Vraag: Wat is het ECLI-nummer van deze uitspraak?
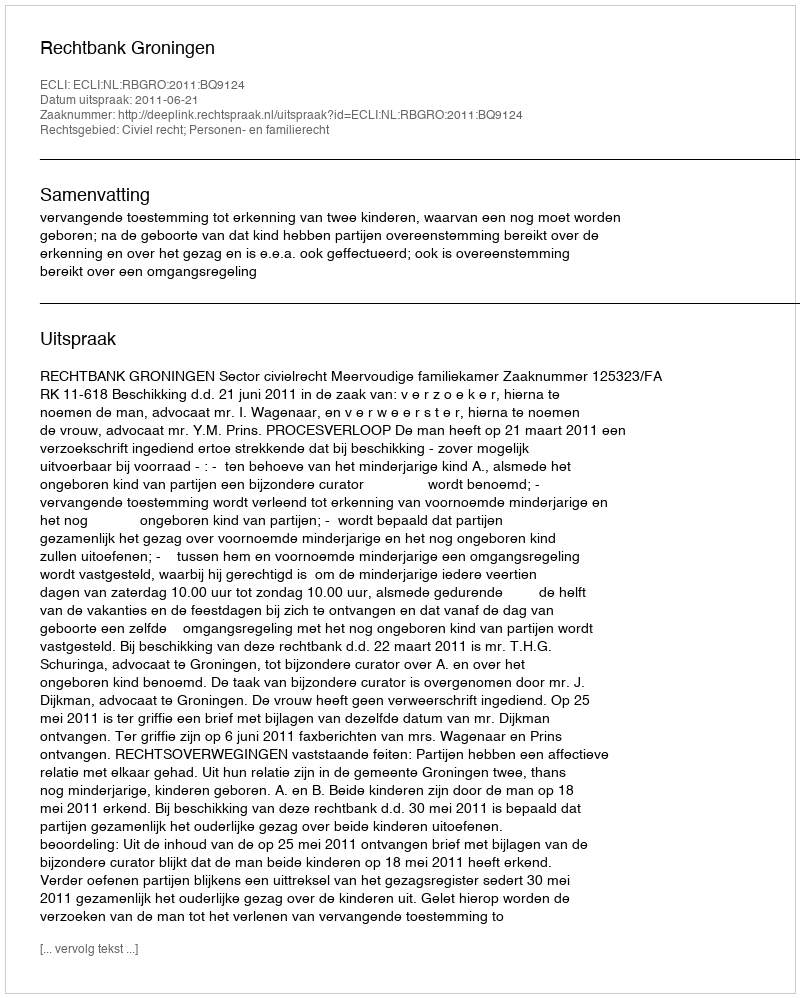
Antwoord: ECLI:NL:RBGRO:2011:BQ9124